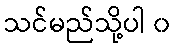
သင်မည်သို့ပါ ၀